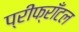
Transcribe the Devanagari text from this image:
प्रीफ्राँटल